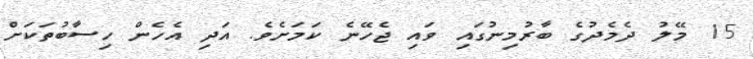
15 މޭލު ދެމެދުގެ ބާރުމިނުގައި ވައި ޖެހޭނެ ކަމަށެވެ. އަދި އެހެން ހިސާބުތަކަށް